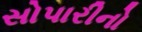
સોપારીનો